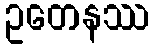
ဥတေနဿ